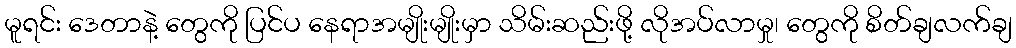
မူရင်း ဒေတာနဲ့ တွေကို ပြင်ပ နေရာအမျိုးမျိုးမှာ သိမ်းဆည်းဖို့ လိုအပ်လာမှု၊ တွေကို စိတ်ချလက်ချ